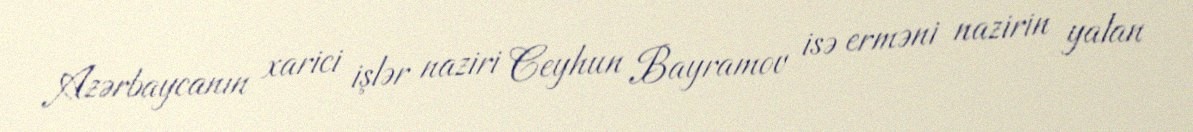
Azərbaycanın xarici işlər naziri Ceyhun Bayramov isə erməni nazirin yalan